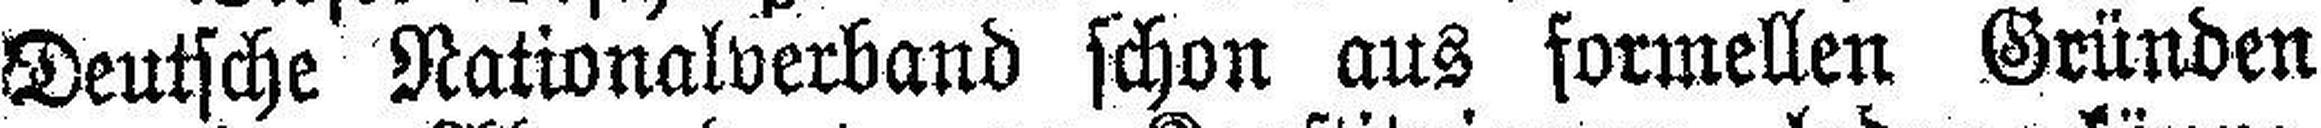
Deutsche Nationalverband schon aus formellen Gründen